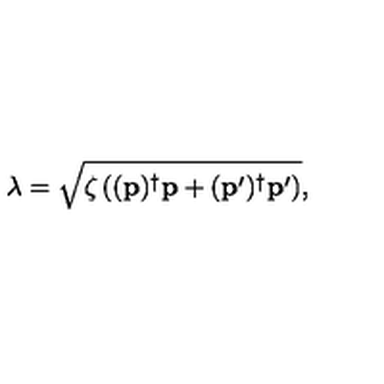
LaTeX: \lambda = \sqrt { \zeta \left( ( \mathbf { p } ) ^ { \dagger } \mathbf { p } + ( \mathbf { p } ^ { \prime } ) ^ { \dagger } \mathbf { p } ^ { \prime } \right) } ,